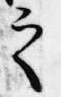
之